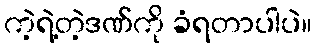
ကဲ့ရဲ့တဲ့ဒဏ်ကို ခံရတာပါပဲ။